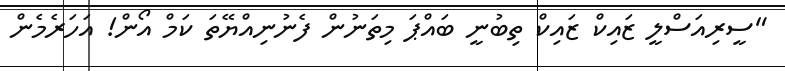
"ސީރިއަސްލީ ޒައިކް ޒައިކް ތިބުނީ ބައްޕަ މިތަނުން ފެނުނިއްޔޭތަ ކަމް އޯން! އަހަރެެމެން